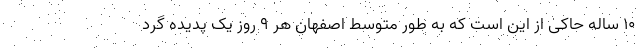
۱۰ ساله حاکی از این است که به طور متوسط اصفهان هر ۹ روز یک پدیده گرد